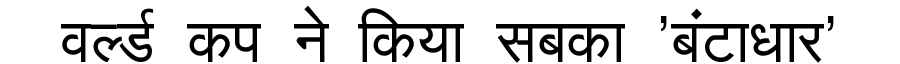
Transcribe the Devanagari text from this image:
वर्ल्ड कप ने किया सबका 'बंटाधार'